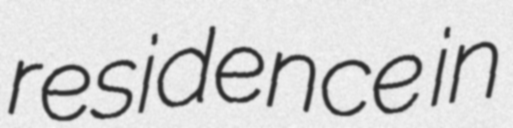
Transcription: residence in